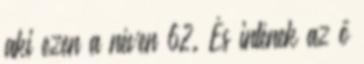
aki ezen a néven 62. És intének az ő